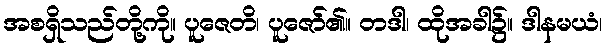
အစရှိသည်တို့ကို။ ပူဇေတိ၊ ပူဇော်၏။ တဒါ၊ ထိုအခါ၌။ ဒါနမယံ၊